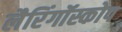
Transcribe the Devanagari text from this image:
लैरिंगॉस्कोप